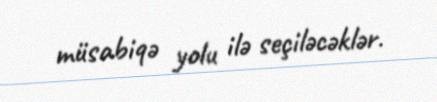
müsabiqə yolu ilə seçiləcəklər.